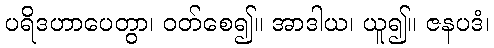
ပရိဒဟာပေတွာ၊ ဝတ်စေ၍။ အာဒါယ၊ ယူ၍။ ဇနပဒံ၊